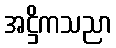
အဋ္ဌိကသညာ